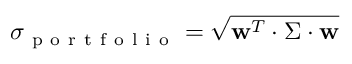
\sigma _ { \mathrm { ~ p ~ o ~ r ~ t ~ f ~ o ~ l ~ i ~ o ~ } } = \sqrt { \mathbf { w } ^ { T } \cdot \Sigma \cdot \mathbf { w } }